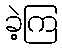
ခဲ့ကြ